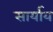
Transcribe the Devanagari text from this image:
सार्याय